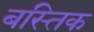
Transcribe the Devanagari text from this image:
बस्तिक